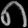
Digit: ၈